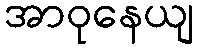
အာဝုနေယျ